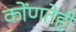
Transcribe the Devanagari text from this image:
कोंणतेही